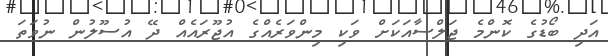
އަދި ބޯޑުގެ ކޮންމެ ޖަލްސާއަކަށް ވަކި މިންވަރެއްގެ އުޖޫރައެއް ދޭ އުސޫލުން ނުވަތަ